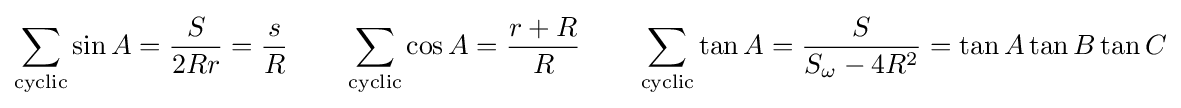
\sum _{\text{cyclic}}\sin A={\frac {S}{2Rr}}={\frac {s}{R}}\quad \quad \sum _{\text{cyclic}}\cos A={\frac {r+R}{R}}\quad \quad \sum _{\text{cyclic}}\tan A={\frac {S}{S_{\omega }-4R^{2}}}=\tan A\tan B\tan C